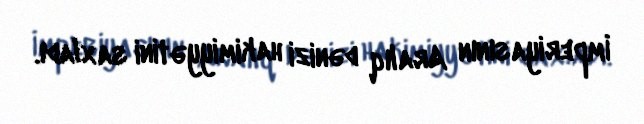
İmperiyasının Aralıq dənizi hakimiyyətini saxladı.